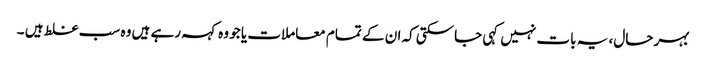
بہر حال، یہ بات نہیں کہی جاسکتی کہ ان کے تمام معاملات یا جو وہ کہہ رہے ہیں وہ سب غلط ہیں ۔